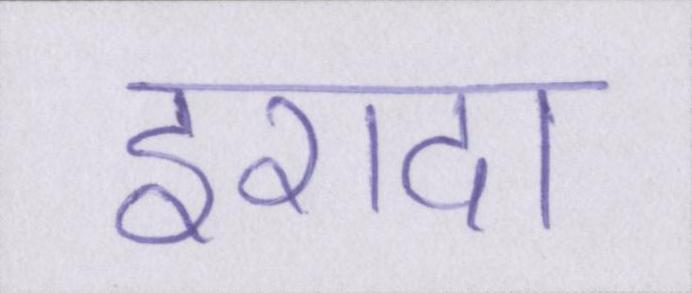
इरादा